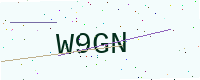
Text: W9GN